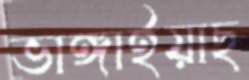
ভাঙ্গাইয়াছ